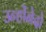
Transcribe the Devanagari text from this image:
उन्होंनेदो